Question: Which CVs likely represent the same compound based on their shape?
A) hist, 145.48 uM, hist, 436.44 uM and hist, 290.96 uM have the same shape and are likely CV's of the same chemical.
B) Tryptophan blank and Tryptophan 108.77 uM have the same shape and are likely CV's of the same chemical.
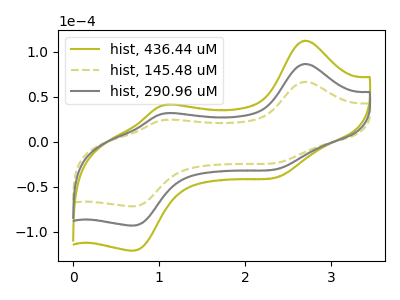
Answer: <think>The olive curve "hist, 436.44 uM" has anodic peaks at (2.70V, 173.25uA) (1.10V, 63.80uA) and cathodic peaks at (2.40V, -59.00uA) (0.70V, -186.30uA). The olive dashed curve "hist, 145.48 uM" has anodic peaks at (2.70V, 66.70uA) (1.10V, 24.55uA) and cathodic peaks at (2.40V, -22.70uA) (0.70V, -71.70uA). The gray curve "hist, 290.96 uM" has anodic peaks at (2.70V, 86.65uA) (1.10V, 31.90uA) and cathodic peaks at (2.40V, -29.50uA) (0.70V, -93.15uA).
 All the peaks in "hist, 436.44 uM" have a peak in "hist, 145.48 uM" at the same potential. Every peak in "hist, 436.44 uM" is higher than every peak in "hist, 145.48 uM". All the peaks in "hist, 436.44 uM" have a peak in "hist, 290.96 uM" at the same potential. Every peak in "hist, 436.44 uM" is higher than every peak in "hist, 290.96 uM". All the peaks in "hist, 145.48 uM" have a peak in "hist, 290.96 uM" at the same potential. Every peak in "hist, 145.48 uM" is lower than every peak in "hist, 290.96 uM".</think>
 <answer>A) "hist, 145.48 uM", "hist, 436.44 uM" and "hist, 290.96 uM" have the same shape and are likely CV's of the same chemical.</answer>
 <eval>A</eval>